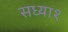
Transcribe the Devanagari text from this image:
सध्या१